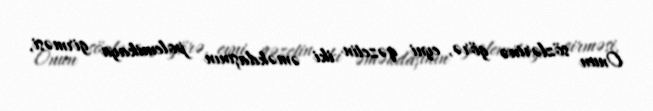
Onun sözlərinə görə, eyni qəzetin iki əməkdaşının polemikaya girməsi,